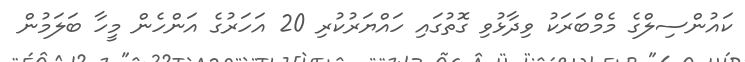
ކައުންސިލްގެ މެމްބަރަކު ވިދާޅުވި ގޮތުގައި ހައްޔަރުކުރި 20 އަހަރުގެ އަންހެން މީހާ ބަލަމުން